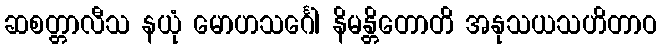
ဆစတ္တာလီသ နယုံ မောဟသင်္ဂေါ နိမန္တိတောတိ အနုသယသဟိတာဝ